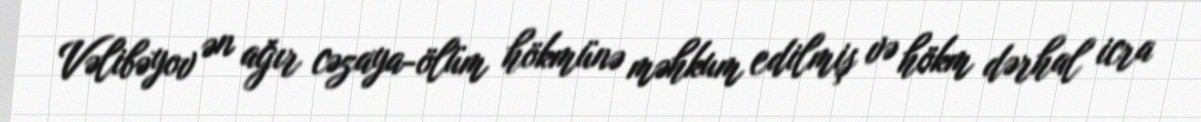
Vəlibəyov ən ağır cəzaya-ölüm hökmünə məhkum edilmiş və hökm dərhal icra